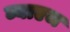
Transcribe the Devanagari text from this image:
ब्याएज